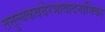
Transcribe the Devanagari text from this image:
तत्तुल्यकवयेरभावादनामिका